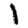
Digit: 1